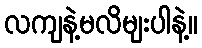
လကျနဲ့မလိမျးပါနဲ့။